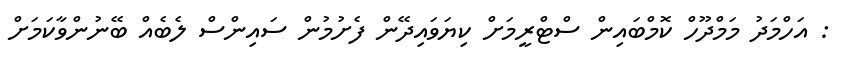
: އަހްމަދު މަމްދޫހް ކޮމްބައިން ސްޓްރީމަށް ކިޔަވައިދޭން ފެށުމުން ސައިންސް ލެބެއް ބޭނުންވާކަމަށް